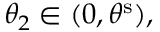
\theta _ { 2 } \in ( 0 , \theta ^ { \mathrm { s } } ) ,